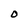
Character: O